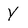
Character: Y